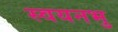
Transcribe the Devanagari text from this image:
स्वयनभु